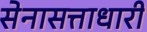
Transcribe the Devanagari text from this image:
सेनासत्ताधारी